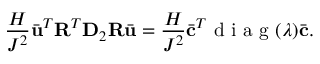
\frac { H } { J ^ { 2 } } \bar { \mathbf { u } } ^ { T } \mathbf { R } ^ { T } \mathbf { D } _ { 2 } \mathbf { R } \bar { \mathbf { u } } = \frac { H } { J ^ { 2 } } \bar { \mathbf { c } } ^ { T } \mathrm { ~ d ~ i ~ a ~ g ~ } ( \boldsymbol { \lambda } ) \bar { \mathbf { c } } .